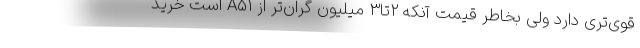
قوی‌تری دارد ولی بخاطر قیمت آنکه ۲تا۳ میلیون گران‌تر از A۵۱ است خرید